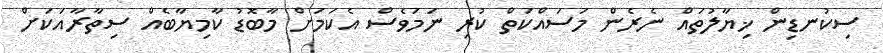
ސިކުނޑިން ޚިޔާލުތައް ނެރެން މަސައްކަތް ކުރި ނަމަވެސް އެކަމަށް މާބޮޑު ކާމިޔާބެއް ސިތާރާއަކަށް